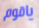
ياقوم